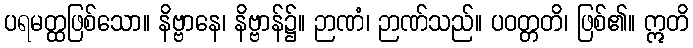
ပရမတ္ထဖြစ်သော။ နိဗ္ဗာနေ၊ နိဗ္ဗာန်၌။ ဉာဏံ၊ ဉာဏ်သည်။ ပဝတ္တတိ၊ ဖြစ်၏။ ဣတိ